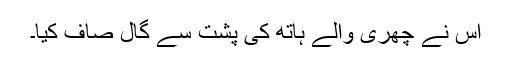
اس نے چھری والے ہاتھ کی پشت سے گال صاف کیا۔